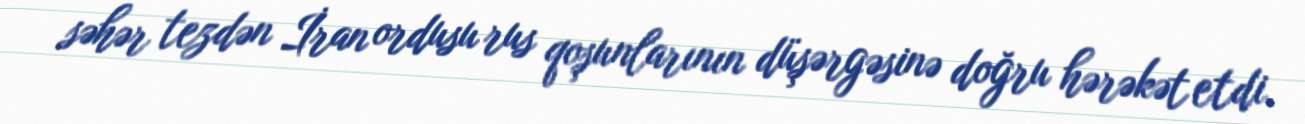
səhər tezdən İran ordusu rus qoşunlarının düşərgəsinə doğru hərəkət etdi.